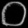
Digit: ၀